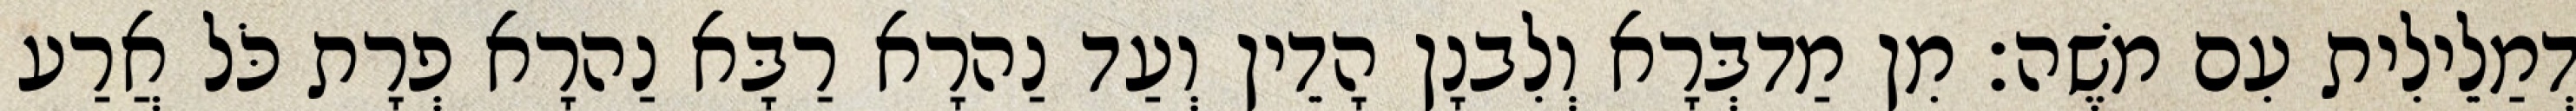
דְמַלֵילִית עִם מֹשֶׁה׃ מִן מַדבְּרָא וְלִבנָן הָדֵין וְעַד נַהרָא רַבָּא נַהרָא פְרָת כֹּל אֲרַע